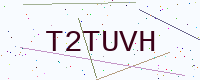
Text: T2TUVH